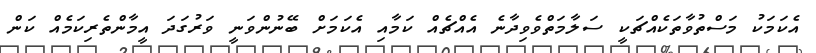
އެކަމަކު މަސްތުވާތަކެއްޗަކީ ސަލާމަތްވެވިދާނެ އެއްޗެއް ކަމާއި އެކަމަށް ބޭނުންވަނީ ވަރުގަދަ އީމާންތެރިކަމެއް ކަން